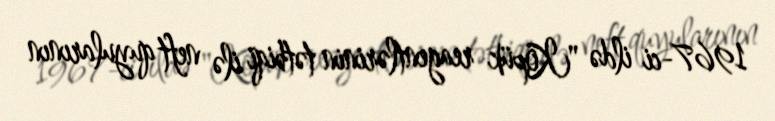
1967-ci ildə "Köpük reagentlərinin tətbiqi ilə neft quyularının